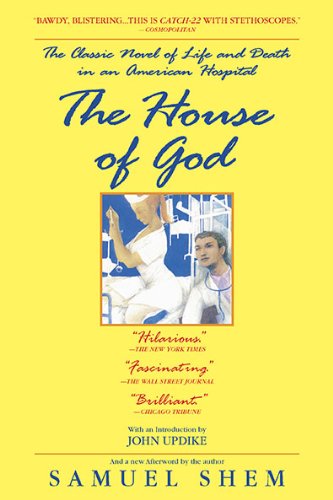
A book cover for The House of God; Samuel Shem; Literature & Fiction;